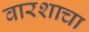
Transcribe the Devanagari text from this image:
वारशाचा